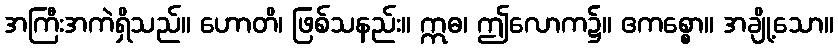
အကြီးအကဲရှိသည်။ ဟောတိ၊ ဖြစ်သနည်း။ ဣဓ၊ ဤလောက၌။ ဧကစ္စော။ အချို့သော။